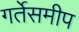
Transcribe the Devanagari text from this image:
गर्तेसमीप